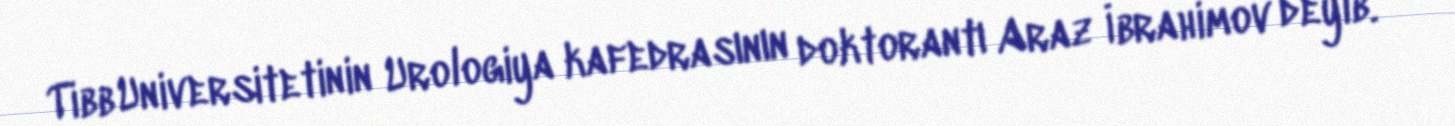
Tibb Universitetinin Urologiya kafedrasının doktorantı Araz İbrahimov deyib.